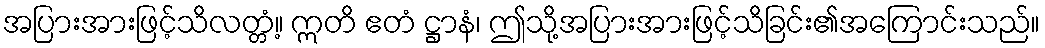
အပြားအားဖြင့်သိလတ္တံ့။ ဣတိ ဧတံ ဋ္ဌာနံ၊ ဤသို့အပြားအားဖြင့်သိခြင်း၏အကြောင်းသည်။